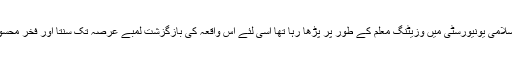
راقم چونکہ اسلامی یونیورسٹی میں وزیٹنگ معلم کے طور پر پڑھا رہا تھا اسی لئے اس واقعہ کی بازگزشت لمبے عرصہ تک سنتا اور فخر محسوس کرتا رہا۔